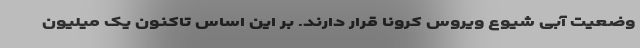
وضعیت آبی شیوع ویروس کرونا قرار دارند. بر این اساس تاکنون یک میلیون